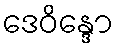
ဒေဝိန္ဒော